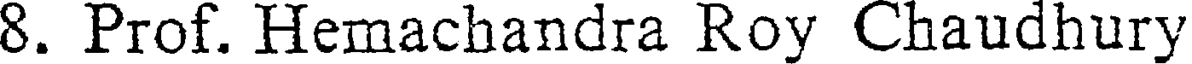
8. Prof. Hemachandra Roy Chaudhury